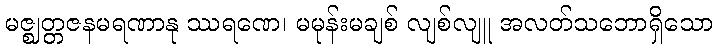
မဇ္ဈတ္တဇနမရဏာနု ဿရဏေ၊ မမုန်းမချစ် လျစ်လျူ အလတ်သဘောရှိသော